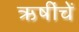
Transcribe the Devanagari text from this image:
ऋषींचें